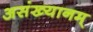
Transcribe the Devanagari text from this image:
असंख्यानम्‌